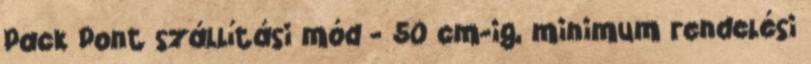
Pack Pont szállítási mód - 50 cm-ig, minimum rendelési